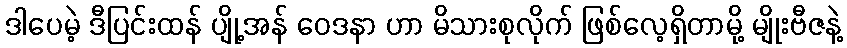
ဒါပေမဲ့ ဒီပြင်းထန် ပျို့အန် ဝေဒနာ ဟာ မိသားစုလိုက် ဖြစ်လေ့ရှိတာမို့ မျိုးဗီဇနဲ့